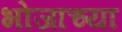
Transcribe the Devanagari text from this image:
भोजाच्या